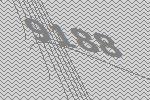
9188